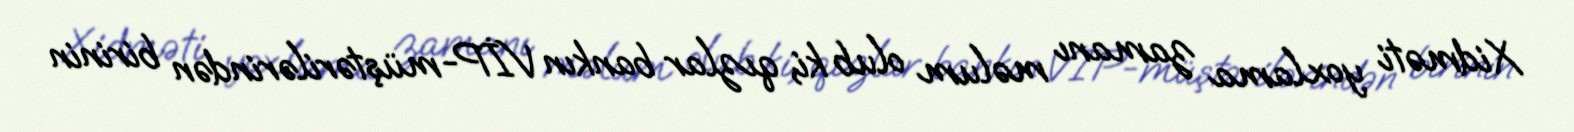
Xidməti yoxlama zamanı məlum olub ki, qızlar bankın VİP-müştərilərindən birinin